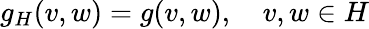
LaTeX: g_{H}(v,w)=g(v,w),\quad v,w\in H